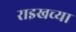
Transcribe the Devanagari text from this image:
राइखच्या